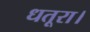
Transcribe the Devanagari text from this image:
धतूरा।